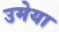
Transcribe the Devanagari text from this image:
उमेया